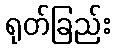
ရုတ်ခြည်း